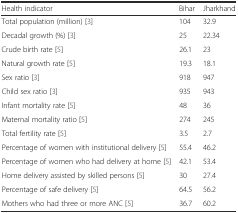
| Health indicator | Bihar | Jharkhand |
 | --- | --- | --- |
 | Total population (million) [3] | 104 | 32.9 |
 | Decadal growth (%) [3] | 25 | 22.34 |
 | Crude birth rate [5] | 26.1 | 23 |
 | Natural growth rate [5] | 19.3 | 18.1 |
 | Sex ratio [3] | 918 | 947 |
 | Child sex ratio [3] | 935 | 943 |
 | Infant mortality rate [5] | 48 | 36 |
 | Maternal mortality ratio [5] | 274 | 245 |
 | Total fertility rate [5] | 3.5 | 2.7 |
 | Percentage of women with institutional delivery [5] | 55.4 | 46.2 |
 | Percentage of women who had delivery at home [5] | 42.1 | 53.4 |
 | Home delivery assisted by skilled persons [5] | 30 | 27.4 |
 | Percentage of safe delivery [5] | 64.5 | 56.2 |
 | Mothers who had three or more ANC [5] | 36.7 | 60.2 |